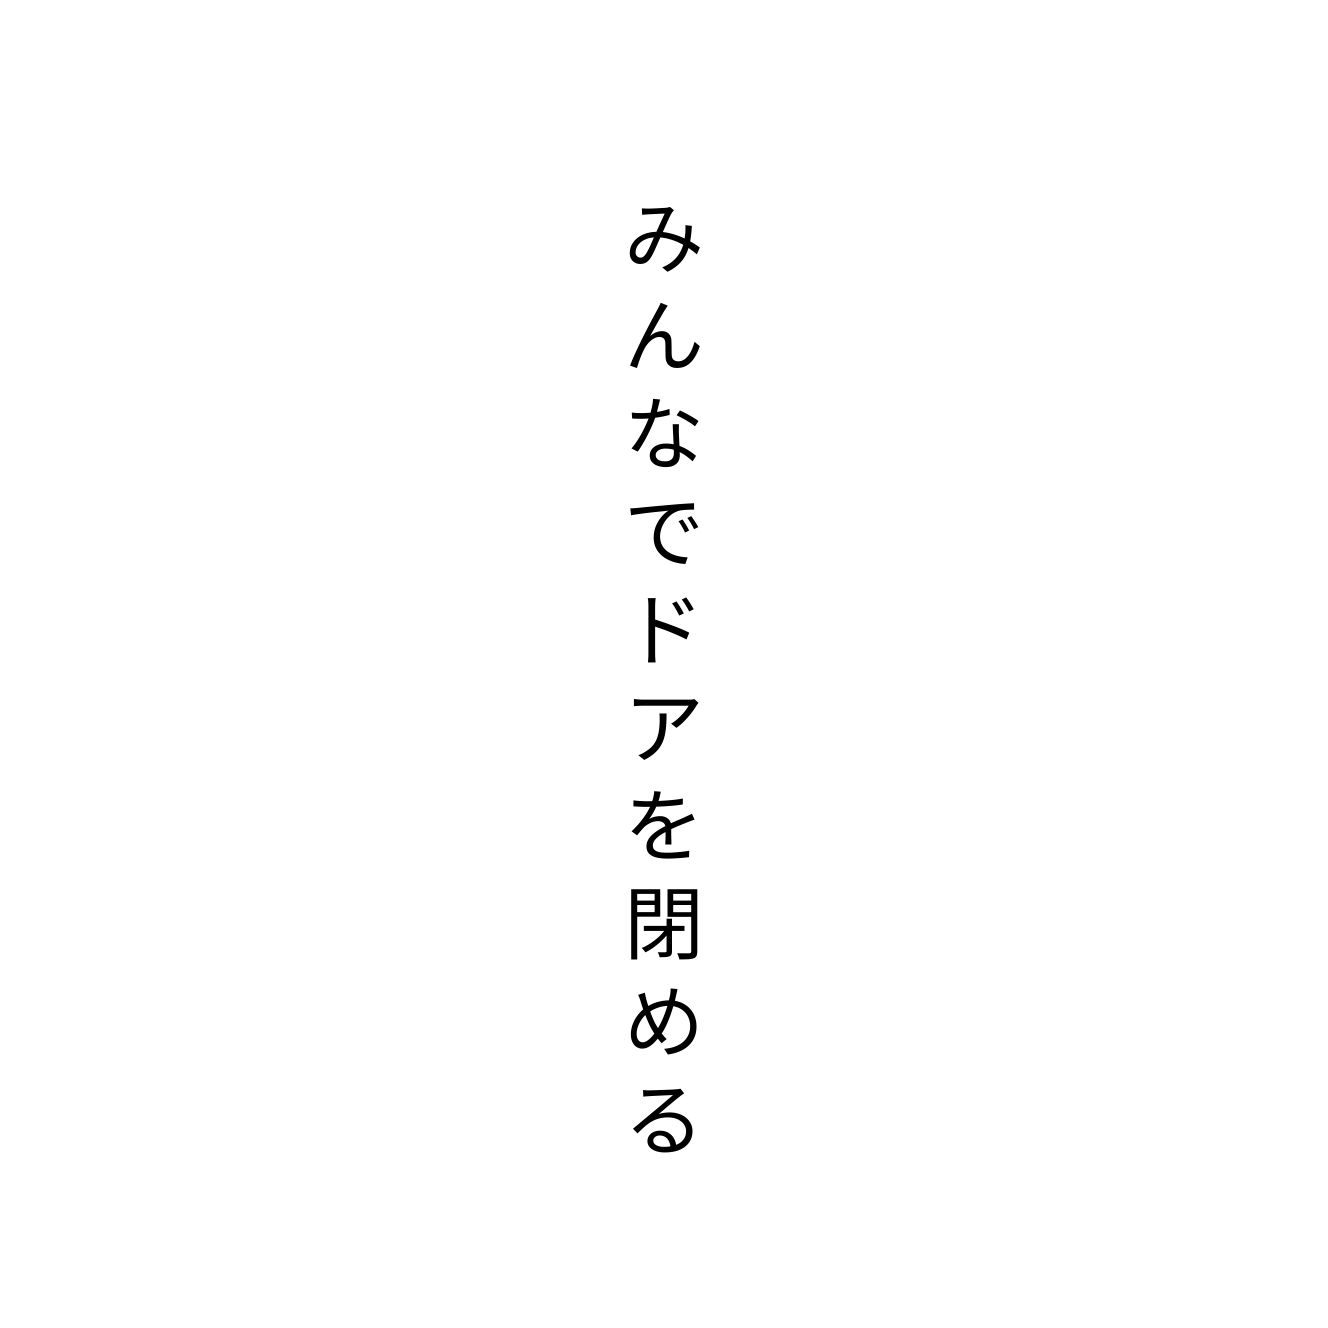
みんなでドアを閉める